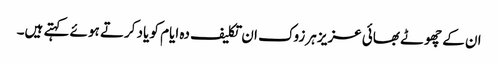
ان کے چھوٹے بھائی عزیز ہرزوک ان تکلیف دہ ایام کو یاد کرتے ہوئے کہتے ہیں۔